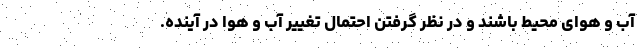
آب و هوای محیط باشند و در نظر گرفتن احتمال تغییر آب و هوا در آینده.